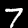
Digit: 7